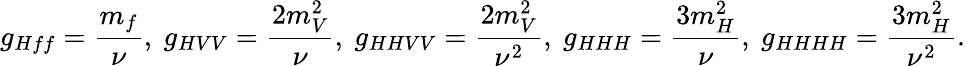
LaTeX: g_{Hff}=\frac{m_{f}}{\nu},\ g_{HVV}=\frac{2m_{V}^{2}}{\nu},\ g_{HHVV}=\frac{2m_{V}^{2}}{\nu^{2}},\ g_{HHH}=\frac{3m_{H}^{2}}{\nu},\ g_{HHHH}=\frac{3m_{H}^{2}}{\nu^{2}}.